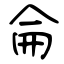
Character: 侖